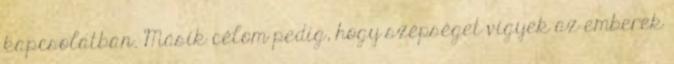
kapcsolatban. Másik célom pedig, hogy szépséget vigyek az emberek